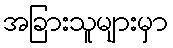
အခြားသူများမှာ